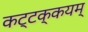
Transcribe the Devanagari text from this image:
कट्टक्कयम्